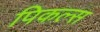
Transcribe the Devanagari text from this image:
पिकल्स